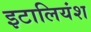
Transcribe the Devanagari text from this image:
इटालियंश